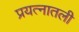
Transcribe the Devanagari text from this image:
प्रयत्नातली